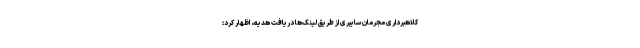
کلاهبرداری مجرمان سایبری از طریق لینک‌ها دریافت هدیه، اظهار کرد: